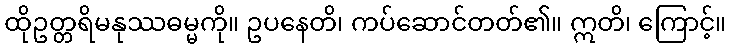
ထိုဥတ္တရိမနုဿဓမ္မကို။ ဥပနေတိ၊ ကပ်ဆောင်တတ်၏။ ဣတိ၊ ကြောင့်။